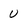
Character: u